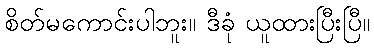
စိတ်မကောင်းပါဘူး။ ဒီခုံ ယူထားပြီးပြီ။